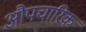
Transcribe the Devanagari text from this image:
औपचारिक